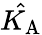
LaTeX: \hat{K_{\mathrm{A}}}